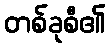
တစ်ခုစီ၏